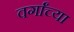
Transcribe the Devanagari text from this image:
वर्गांच्‍या